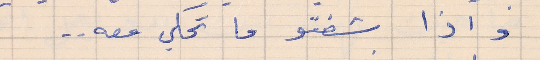
واذا شفتو ما تحكي معه . .